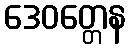
ဒေဝတ္တေန